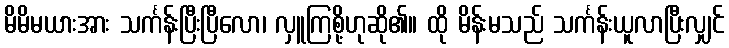
မိမိမယားအား သင်္ကန်းပြီးပြီလော၊ လှူကြစို့ဟုဆို၏။ ထို မိန်းမသည် သင်္ကန်းယူလာပြီးလျှင်